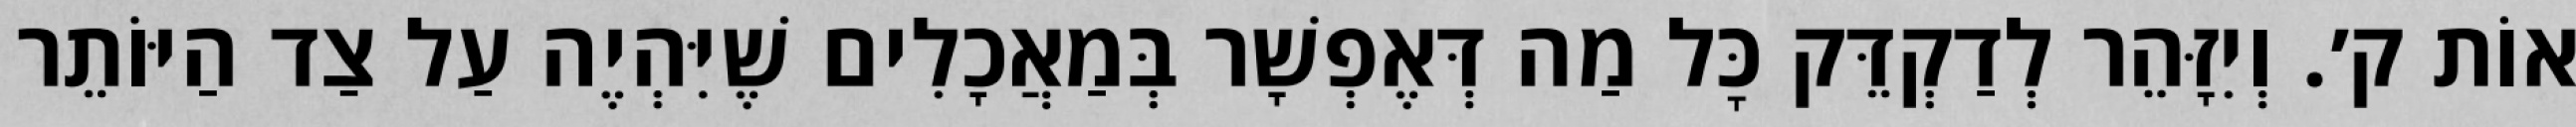
אוֹת ק׳. וְיִזָּהֵר לְדַקְדֵּק כׇּל מַה דְּאֶפְשָׁר בְּמַאֲכָלִים שֶׁיִּהְיֶה עַל צַד הַיּוֹתֵר